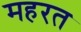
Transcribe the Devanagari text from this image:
महरत